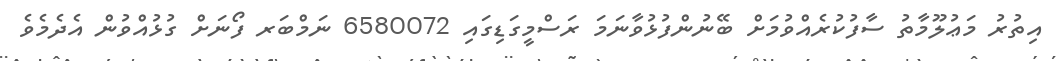
އިތުރު މަޢުލޫމާތު ސާފުކުރެއްވުމަށް ބޭނުންފުޅުވާނަމަ ރަސްމީގަޑިގައި 6580072 ނަމްބަރ ފޯނަށް ގުޅުއްވުން އެދެމެވެ